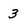
Character: 3